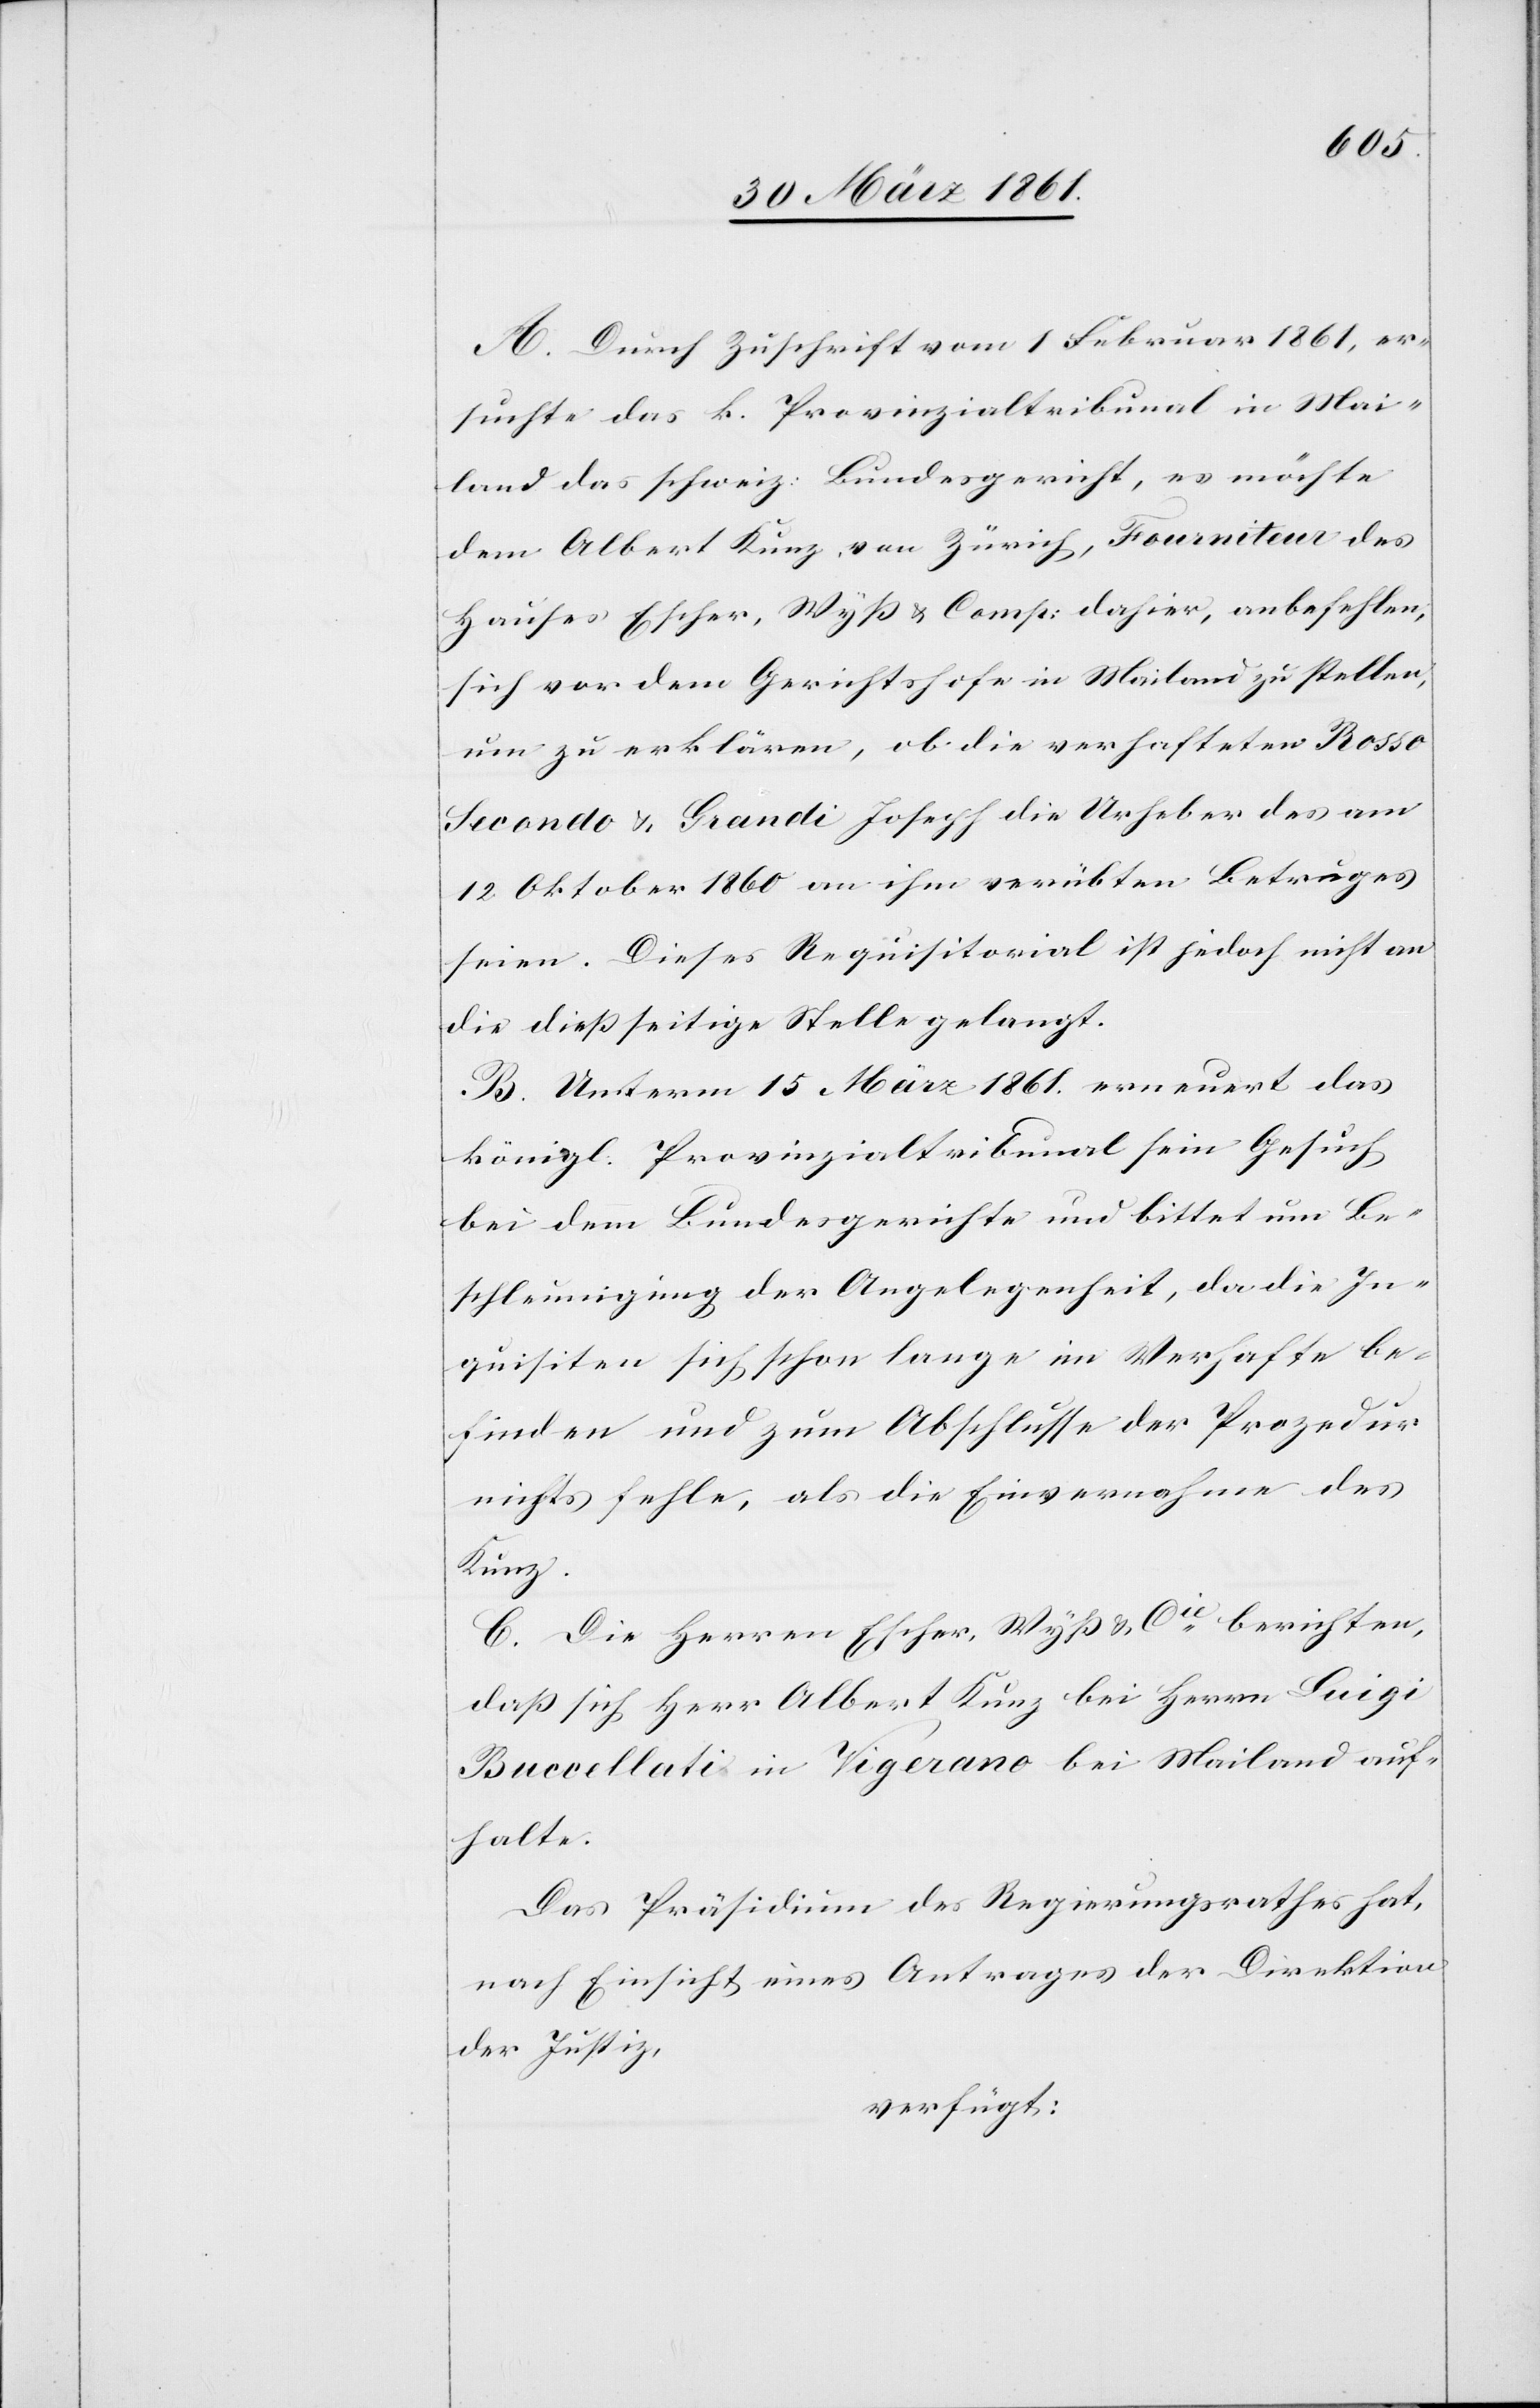
A. Durch Zuschrift vom 1. Februar 1861, er¬
suchte das k. Provinzialtribunal in Mai¬
land das schweiz. Bundesgericht, es möchte
dem Albert Kunz, von Zürich, Fourniteur des
Hauses Escher, Wyß u. Comp: dahier, anbefehlen,
sich vor dem Gerichtshofe in Mailand zu stellen,
um zu erklären, ob die verhafteten Rosso
Secondo u. Grandi Joseph die Urheber des am
12. Oktober 1860 an ihm verübten Betruges
seien. Dieses Requisitorial ist jedoch nicht an
die dießseitige Stelle gelangt.
B. Unterm 15. März 1861 erneuert das
königl. Provinzialtribunal sein Gesuch
bei dem Bundesgerichte und bittet um Be¬
schleunigung der Angelegenheit, da die In¬
quisiten sich schon lange im Verhafte be¬
finden und zum Abschlusse der Prozedur
nichts fehle, als die Einvernahme des
Kunz.
C. Die Herren Escher, Wyß u. Cie berichten,
daß sich Herr Albert Kunz bei Herrn Luigi
Buccellati in Vigerano bei Mailand auf¬
halte.
Das Präsidium des Regierungsrathes hat,
nach Einsicht eines Antrages der Direktion
der Justiz,
verfügt: